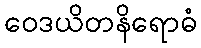
ဝေဒယိတနိရောဓံ